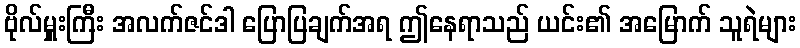
ဗိုလ်မှူးကြီး အလက်ဇင်ဒါ ပြောပြချက်အရ ဤနေရာသည် ယင်း၏ အမြောက် သူရဲများ